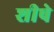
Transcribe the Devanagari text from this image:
शीषे